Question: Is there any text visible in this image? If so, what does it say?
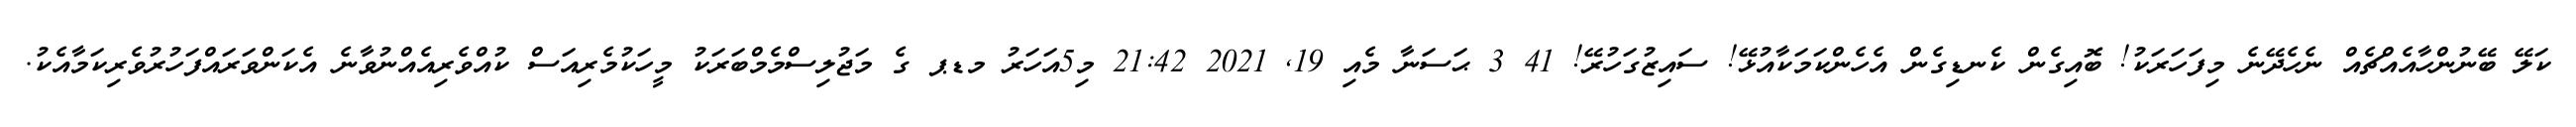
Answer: ކަލޭ ބޭނުންހާއެއްޗެއް ނެހެދޭނެ މިފަހަރަކު! ބޮއިގެން ކެނޑިގެން އެހެންކަމަކާއުޅޭ! ސައިޒުގަހުރޭ! 41 3 ޙަސަނާ މެއި 19, 2021 21:42 މި5އަހަރު މޑޕ ގެ މަޖުލިސްމެމްބަރަކު މީހަކުމެރިއަސް ކުއްވެރިއެއްނުވާނެ އެކަންވަރައްފަހުރުވެރިކަމާއެކު.